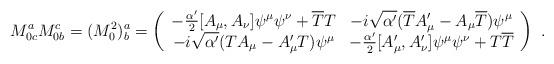
LaTeX: \begin{align*}M^a_{0c}M^c_{0b}=(M_0^2)^a_b=\left(\begin{array}{cc}-\frac{\alpha'}{2}[A_{\mu},A_{\nu}]\psi^{\mu}\psi^{\nu} +\overline{T}T &-i\sqrt{\alpha'}(\overline{T}A'_{\mu}-A_{\mu}\overline{T})\psi^{\mu} \\-i\sqrt{\alpha'}(TA_{\mu}-A'_{\mu}T)\psi^{\mu} & -\frac{\alpha'}{2}[A_{\mu}',A'_{\nu}]\psi^{\mu}\psi^{\nu}+T\overline{T} \\\end{array}\right) \ .\end{align*}